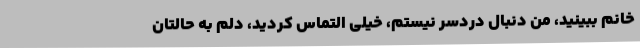
خانم ببینید، من دنبال دردسر نیستم، خیلی التماس کردید، دلم به حالتان